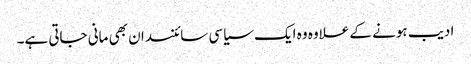
ادیب ہونے کے علاوہ وہ ایک سیاسی سائنسدان بھی مانی جاتی ہے۔